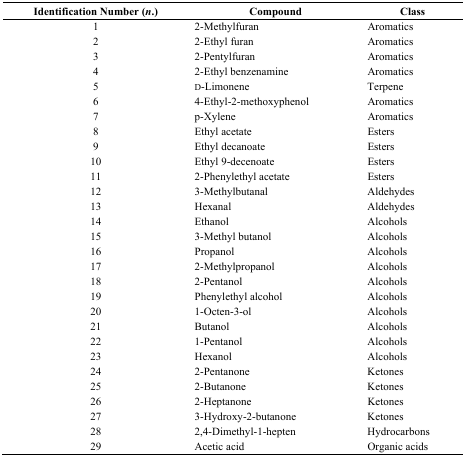
<table><thead><tr><td><b>Identification Number (<i>n</i>.)</b></td><td><b>Compound</b></td><td><b>Class</b></td></tr></thead><tbody><tr><td>1</td><td>2-Methylfuran</td><td>Aromatics</td></tr><tr><td>2</td><td>2-Ethyl furan</td><td>Aromatics</td></tr><tr><td>3</td><td>2-Pentylfuran</td><td>Aromatics</td></tr><tr><td>4</td><td>2-Ethyl benzenamine</td><td>Aromatics</td></tr><tr><td>5</td><td>d-Limonene</td><td>Terpene</td></tr><tr><td>6</td><td>4-Ethyl-2-methoxyphenol</td><td>Aromatics</td></tr><tr><td>7</td><td>p-Xylene</td><td>Aromatics</td></tr><tr><td>8</td><td>Ethyl acetate</td><td>Esters</td></tr><tr><td>9</td><td>Ethyl decanoate</td><td>Esters</td></tr><tr><td>10</td><td>Ethyl 9-decenoate</td><td>Esters</td></tr><tr><td>11</td><td>2-Phenylethyl acetate</td><td>Esters</td></tr><tr><td>12</td><td>3-Methylbutanal</td><td>Aldehydes</td></tr><tr><td>13</td><td>Hexanal</td><td>Aldehydes</td></tr><tr><td>14</td><td>Ethanol</td><td>Alcohols</td></tr><tr><td>15</td><td>3-Methyl butanol</td><td>Alcohols</td></tr><tr><td>16</td><td>Propanol</td><td>Alcohols</td></tr><tr><td>17</td><td>2-Methylpropanol</td><td>Alcohols</td></tr><tr><td>18</td><td>2-Pentanol</td><td>Alcohols</td></tr><tr><td>19</td><td>Phenylethyl alcohol</td><td>Alcohols</td></tr><tr><td>20</td><td>1-Octen-3-ol</td><td>Alcohols</td></tr><tr><td>21</td><td>Butanol</td><td>Alcohols</td></tr><tr><td>22</td><td>1-Pentanol</td><td>Alcohols</td></tr><tr><td>23</td><td>Hexanol</td><td>Alcohols</td></tr><tr><td>24</td><td>2-Pentanone</td><td>Ketones</td></tr><tr><td>25</td><td>2-Butanone</td><td>Ketones</td></tr><tr><td>26</td><td>2-Heptanone</td><td>Ketones</td></tr><tr><td>27</td><td>3-Hydroxy-2-butanone</td><td>Ketones</td></tr><tr><td>28</td><td>2,4-Dimethyl-1-hepten</td><td>Hydrocarbons</td></tr><tr><td>29</td><td>Acetic acid</td><td>Organic acids</td></tr></tbody></table>